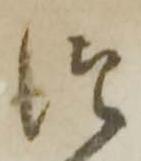
つ